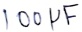
Text: 100µF